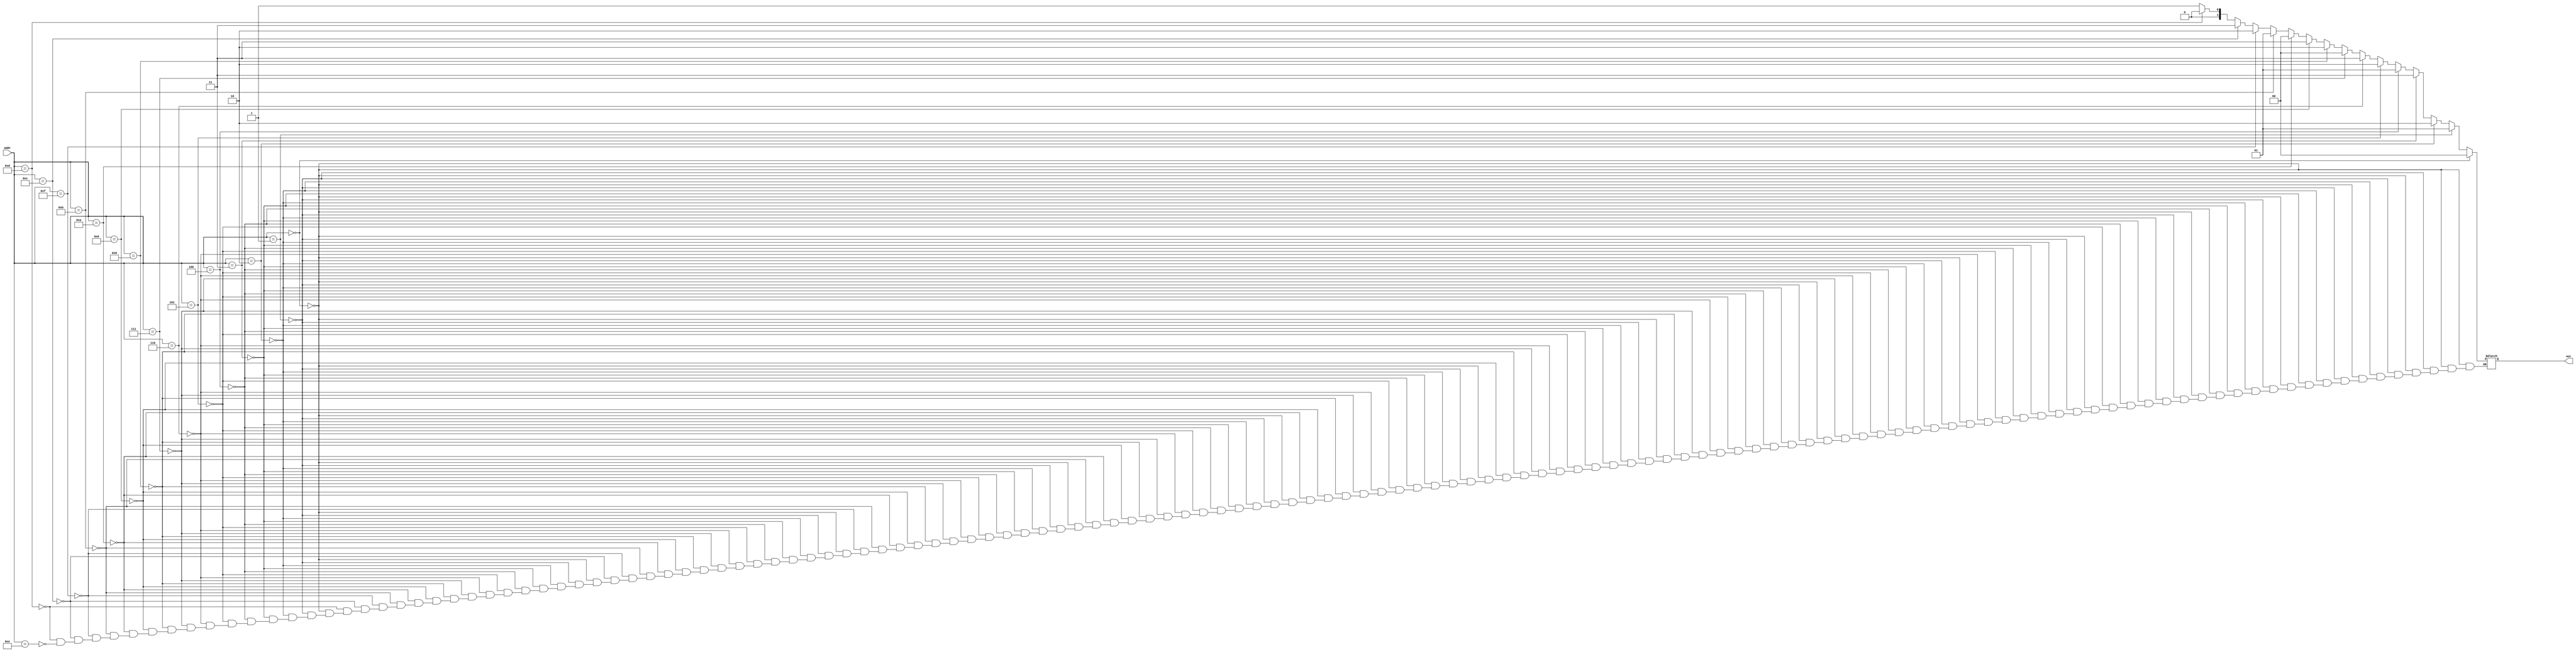
module ROM(input[3:0] addr, output reg[1:0] out);
	always@(addr) begin
		if (addr == 4'b0000) begin
			out = 0;
		end
		else if (addr == 4'b0001) begin
			out = 1;
		end
		else if (addr == 4'b0010) begin
			out = 2;
		end
		else if (addr == 4'b0011) begin
			out = 3;
		end
		else if (addr == 4'b0100) begin
			out = 1;
		end
		else if (addr == 4'b0101) begin
			out = 2;
		end
		else if (addr == 4'b0110) begin
			out = 3;
		end
		else if (addr == 4'b0111) begin
			out = 0;
		end
		else if (addr == 4'b1000) begin
			out = 2;
		end
		else if (addr == 4'b1001) begin
			out = 3;
		end
		else if (addr == 4'b1010) begin
			out = 4;
		end
		else if (addr == 4'b1011) begin
			out = 1;
		end
		else if (addr == 4'b1111) begin
			out = 2;
		end
		else if (addr == 4'b1100) begin
			out = 3;
		end
		else if (addr == 4'b1101) begin
			out = 0;
		end
		else if (addr == 4'b1110) begin
			out = 1;
		end
	end
endmodule